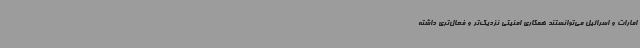
امارات و اسرائیل می‌توانستند همکاری امنیتی نزدیک‌تر و فعال‌تری داشته